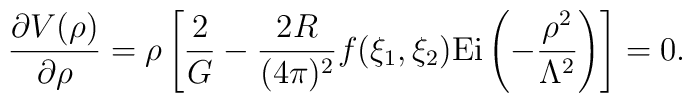
\frac{\partial V(\rho)}{\partial \rho}=     \rho\left[\frac{2}{G}-\frac{2R}{(4\pi)^{2}}     f(\xi_{1},\xi_{2})     \mbox{Ei}\left(-\frac{\rho^{2}}{\Lambda^{2}}\right)\right]=0.